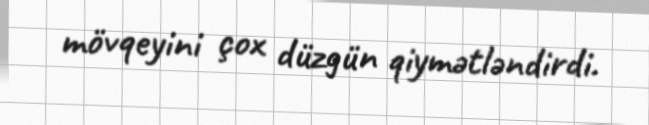
mövqeyini çox düzgün qiymətləndirdi.